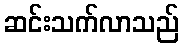
ဆင်းသက်လာသည်